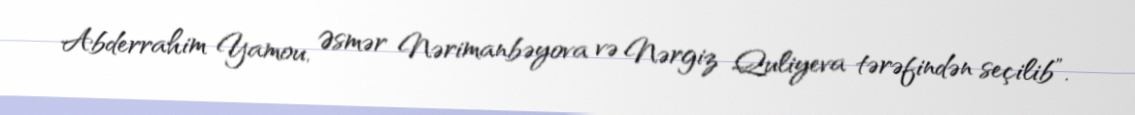
Abderrahim Yamou, Əsmər Nərimanbəyova və Nərgiz Quliyeva tərəfindən seçilib”.